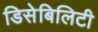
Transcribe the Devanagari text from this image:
डिसेबिलिटी